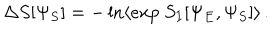
LaTeX: \Delta S [ \Psi _ { S } ] = - \ln \langle e x p ~ S _ { I } [ \Psi _ { E } , \Psi _ { S } ] \rangle \, .